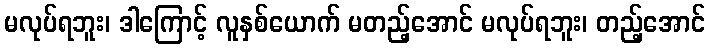
မလုပ်ရဘူး၊ ဒါကြောင့် လူနှစ်ယောက် မတည့်အောင် မလုပ်ရဘူး၊ တည့်အောင်